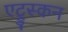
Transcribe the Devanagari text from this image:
एट्रुस्कन